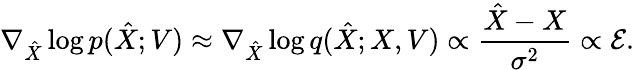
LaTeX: \nabla_{\hat{X}}\log p(\hat{X};{V})\approx\nabla_{\hat{X}}\log q(\hat{{X}};{X},{V})\propto\frac{\hat{{X}}-{X}}{\sigma^{2}}\propto{\mathcal{E}}.